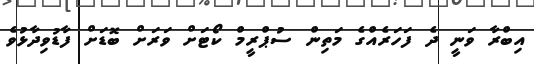
އިބްރާ ވަނީ ދެ ފަހަރެއްގެ މަތިން ސުޕްރީމް ކޯޓަށް ވަރަށް ބޮޑަށް ފާޑުވިދާޅުވެ